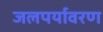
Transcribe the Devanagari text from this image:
जलपर्यावरण